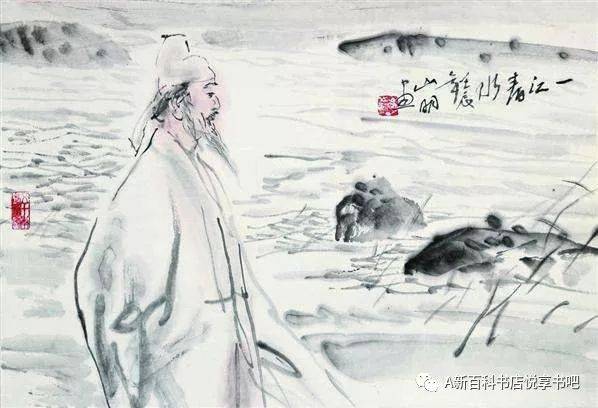
问君能有几多愁？恰似一江春水向东流。